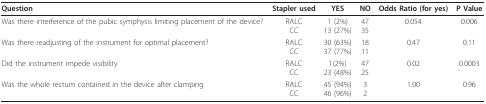
<table><thead><tr><td><b>Question</b></td><td><b>Stapler used</b></td><td><b>YES</b></td><td><b>NO</b></td><td><b>Odds Ratio (for yes)</b></td><td><b>P Value</b></td></tr></thead><tbody><tr><td>Was there interference of the pubic symphysis limiting placement of the device?</td><td>RALCCC</td><td>1 (2%)13 (27%)</td><td>4735</td><td>0.054</td><td>0.006</td></tr><tr><td>Was there readjusting of the instrument for optimal placement?</td><td>RALCCC</td><td>30 (63%)37 (77%)</td><td>1811</td><td>0.47</td><td>0.11</td></tr><tr><td>Did the instrument impede visibility</td><td>RALCCC</td><td>1(2%)23 (48%)</td><td>4725</td><td>0.02</td><td>0.0003</td></tr><tr><td>Was the whole rectum contained in the device after clamping</td><td>RALCCC</td><td>45 (94%)46 (96%)</td><td>32</td><td>1.00</td><td>0.96</td></tr></tbody></table>